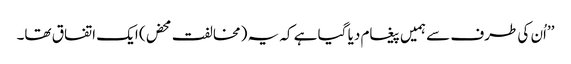
’’اُن کی طرف سے ہمیں پیغام دیا گیا ہے کہ یہ (مخالفت محض) ایک اتفاق تھا۔